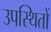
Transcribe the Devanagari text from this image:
उपस्थितों